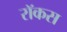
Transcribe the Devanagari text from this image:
रॉकस